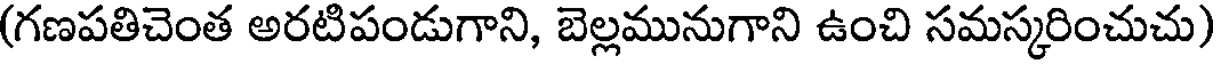
(గణపతిచెంత అరటిపండుగాని, బెల్లమునుగాని ఉంచి సమస్కరించుచు)